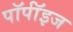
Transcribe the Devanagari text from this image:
पॉर्पॉइज